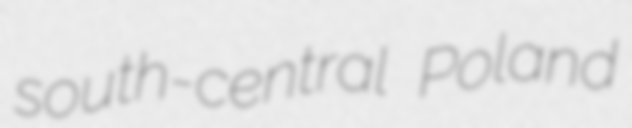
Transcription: south-central Poland